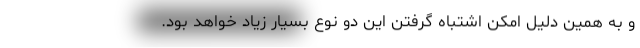
و به همین دلیل امکن اشتباه گرفتن این دو نوع بسیار زیاد خواهد بود.